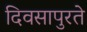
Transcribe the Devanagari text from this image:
दिवसापुरते